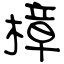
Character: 樟